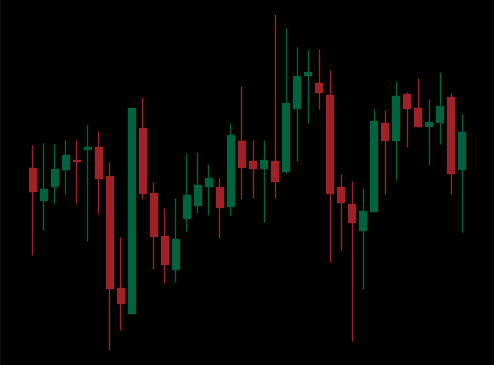
Pattern: unclassified